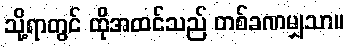
သို့ရာတွင် ထိုအထင်သည် တစ်ခဏမျှသာ။